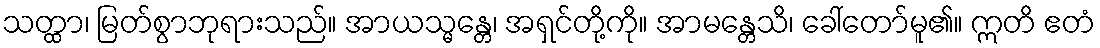
သတ္ထာ၊ မြတ်စွာဘုရားသည်။ အာယသ္မန္တေ၊ အရှင်တို့ကို။ အာမန္တေသိ၊ ခေါ်တော်မူ၏။ ဣတိ ဧတံ